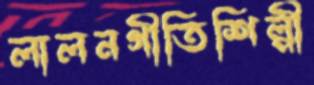
লালনগীতিশিল্পী